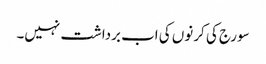
سورج کی کرنوں کی اب برداشت نہیں۔